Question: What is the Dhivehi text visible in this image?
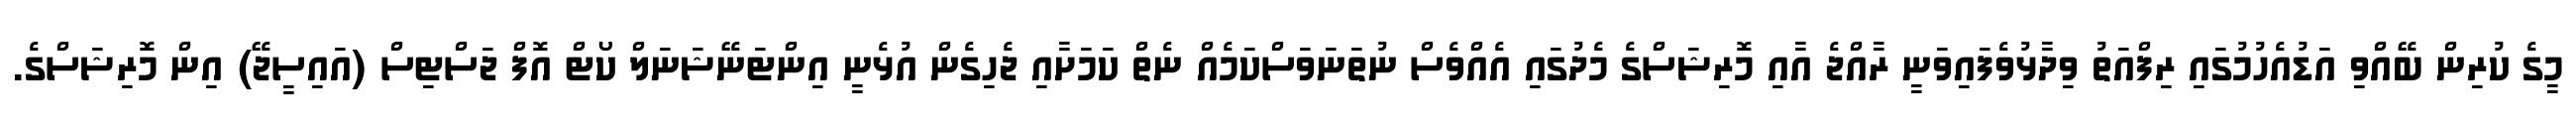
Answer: މީގެ ކުރިން ބޭއްވި އަޑުއެހުމުގައި ރިފްއަތު ވިދާޅުވެފައިވަނީ ރާއްޖެ އާއި މޮރިޝަސްގެ މެދުގައި އެއްވެސް ނުތަނަވަސްކަމެއް ނެތް ކަމަށާއި ޖެހިގެން އުޅެނީ އިންޓަނޭޝަނަލް ކޯޓް އޮފް ޖަސްޓިސް (އައިސީޖޭ) އިން މޮރިޝަސްގެ.